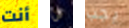
أنت لن يجب